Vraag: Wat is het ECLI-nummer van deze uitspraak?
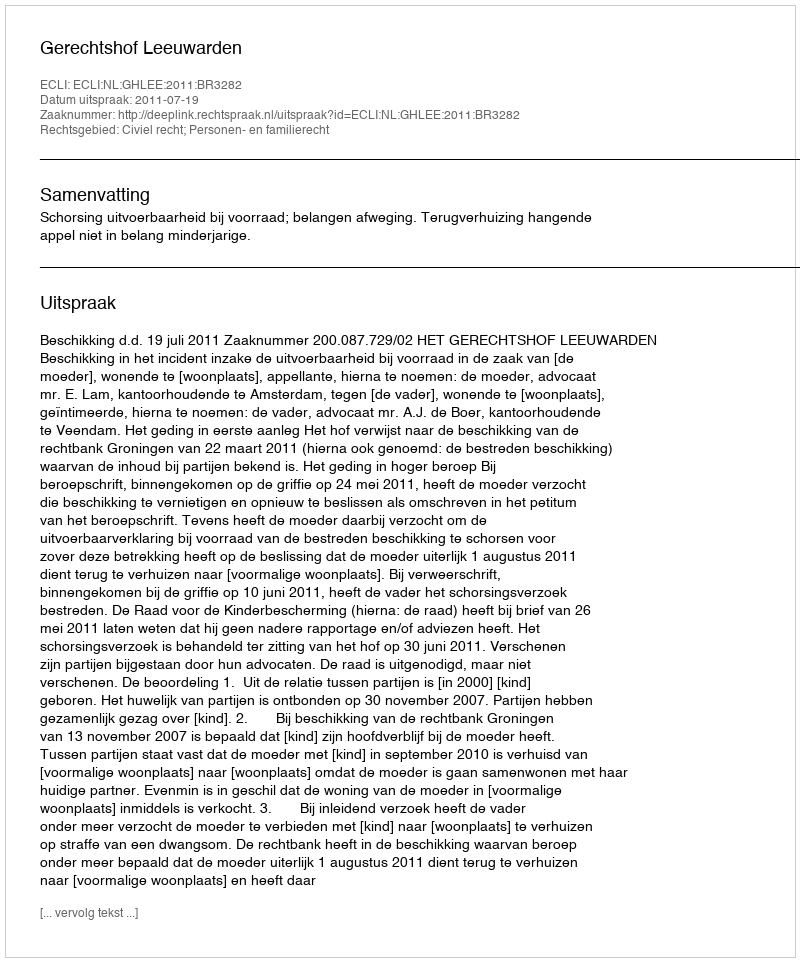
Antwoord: ECLI:NL:GHLEE:2011:BR3282